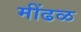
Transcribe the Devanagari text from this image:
मींढळ